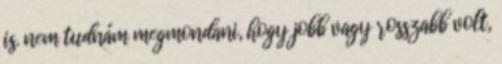
is. nem tudnám megmondani, hogy jobb vagy rosszabb volt,